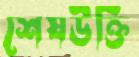
শেষউক্তি